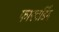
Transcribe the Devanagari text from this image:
फारवर्डिंग